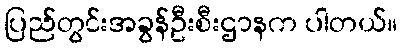
ပြည်တွင်းအခွန်ဦးစီးဌာနက ပါတယ်။